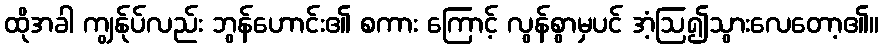
ထိုအခါ ကျွန်ုပ်လည်း ဘွန်ဟောင်း၏ စကား ကြောင့် လွန်စွာမှပင် အံ့ဩ၍သွားလေတော့၏။